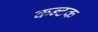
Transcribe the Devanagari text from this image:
कन्टक